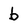
Character: b